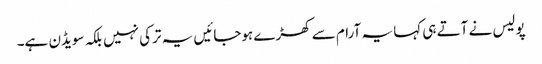
پولیس نے آتے ہی کہا یہ آرام سے کھڑے ہوجائیں یہ ترکی نہیں بلکہ سویڈن ہے۔